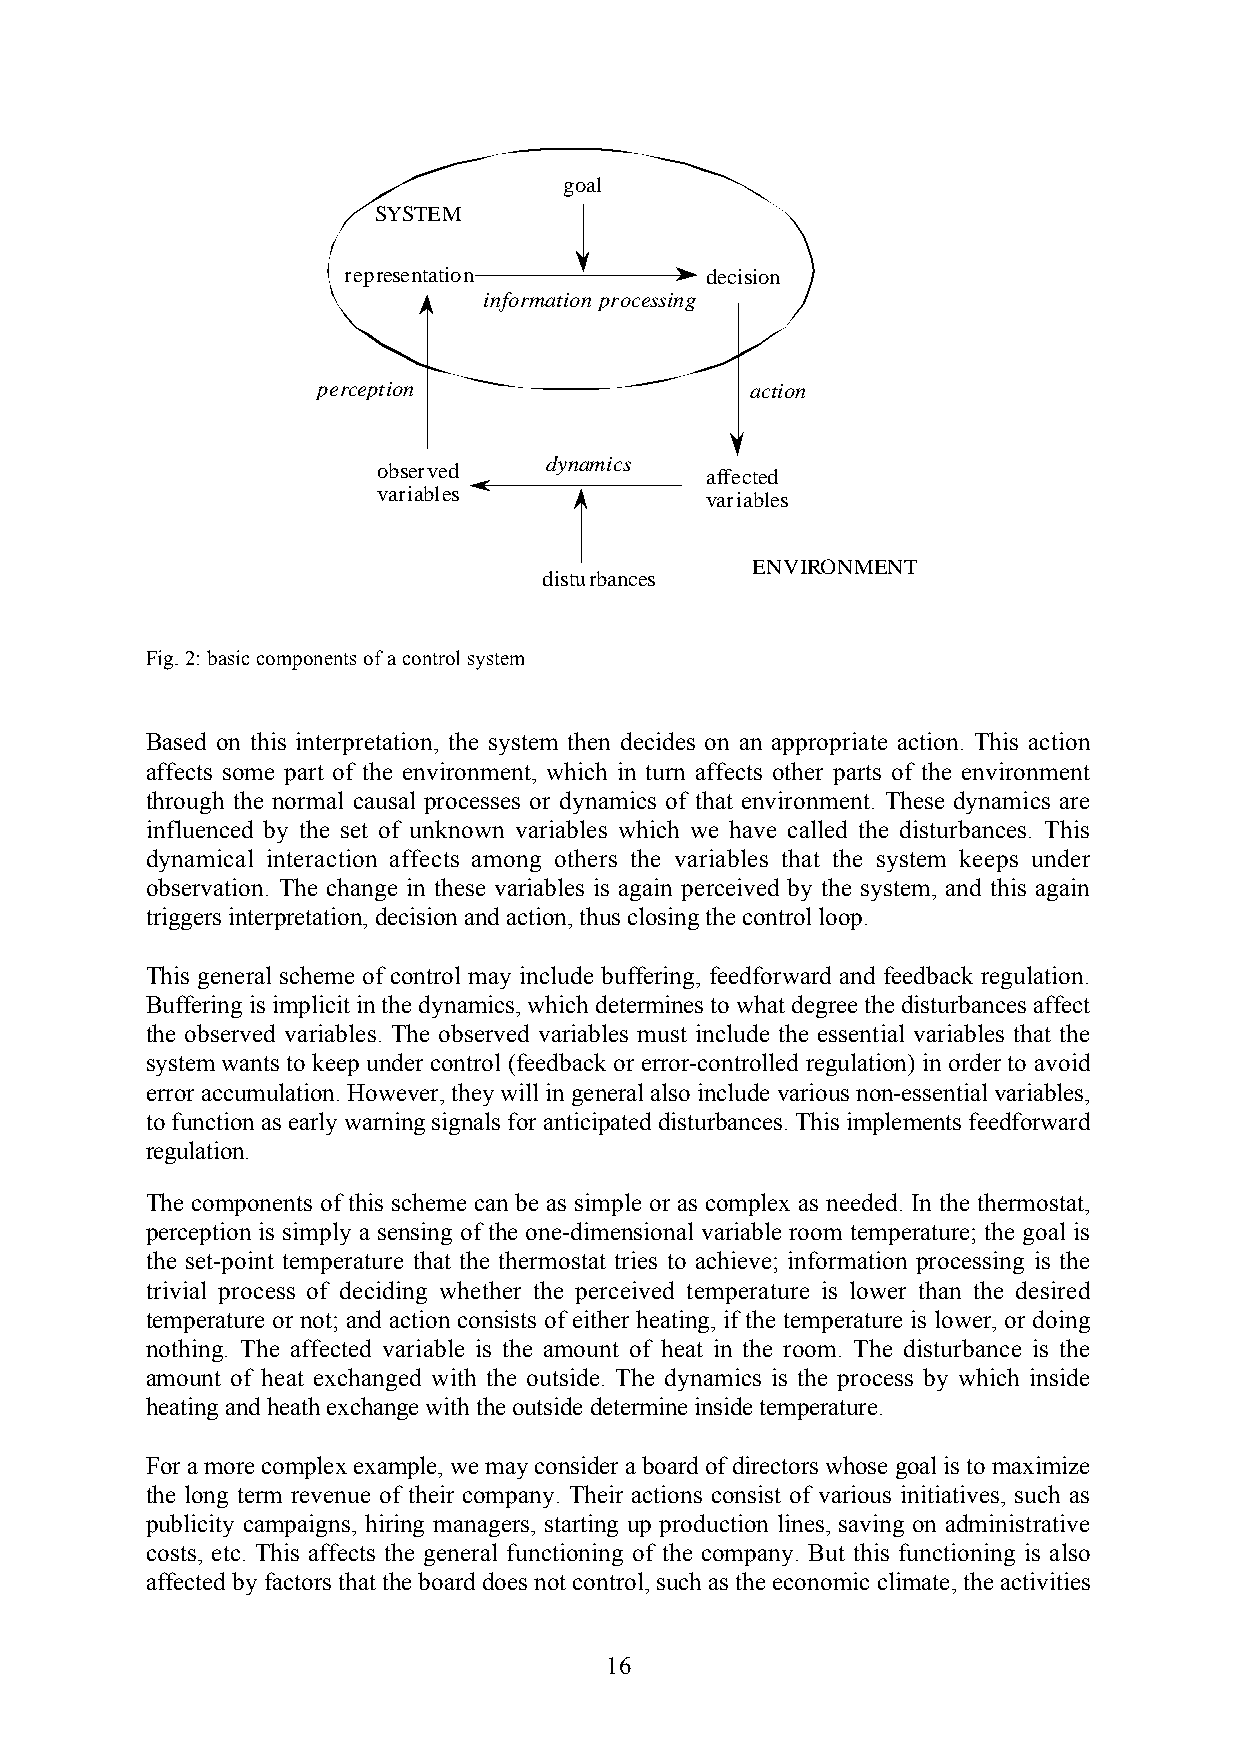
goal
 SYSTEM
 representation          decision
 information processing
 perception                   action
 dynamics
 observed
 affected
 variables
 variables
 ENVIRONMENT
 disturbances
 Fig. 2: basic components of a control system
 Based on this interpretation, the system then decides on an appropriate action. This action
 affects some part of the environment, which in turn affects other parts of the environment
 through the normal causal processes or dynamics of that environment. These dynamics are
 influenced by the set of unknown variables which we have called the disturbances. This
 dynamical interaction affects among others the variables that the system keeps under
 observation. The change in these variables is again perceived by the system, and this again
 triggers interpretation, decision and action, thus closing the control loop.
 This general scheme of control may include buffering, feedforward and feedback regulation.
 Buffering is implicit in the dynamics, which determines to what degree the disturbances affect
 the observed variables. The observed variables must include the essential variables that the
 system wants to keep under control (feedback or error-controlled regulation) in order to avoid
 error accumulation. However, they will in general also include various non-essential variables,
 to function as early warning signals for anticipated disturbances. This implements feedforward
 regulation.
 The components of this scheme can be as simple or as complex as needed. In the thermostat,
 perception is simply a sensing of the one-dimensional variable room temperature; the goal is
 the set-point temperature that the thermostat tries to achieve; information processing is the
 trivial process of deciding whether the perceived temperature is lower than the desired
 temperature or not; and action consists of either heating, if the temperature is lower, or doing
 nothing. The affected variable is the amount of heat in the room. The disturbance is the
 amount of heat exchanged with the outside. The dynamics is the process by which inside
 heating and heath exchange with the outside determine inside temperature.
 For a more complex example, we may consider a board of directors whose goal is to maximize
 the long term revenue of their company. Their actions consist of various initiatives, such as
 publicity campaigns, hiring managers, starting up production lines, saving on administrative
 costs, etc. This affects the general functioning of the company. But this functioning is also
 affected by factors that the board does not control, such as the economic climate, the activities
 16